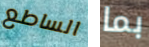
الساطع بما